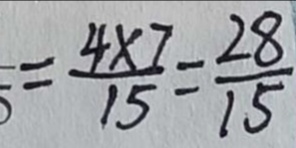
4 \times \frac { 7 } { 1 5 } = \frac { 4 \times 7 } { 1 5 } = \frac { 2 8 } { 1 5 }